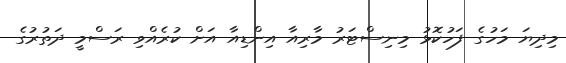
މިދިޔަ މަހުގެ ފަހުކޮޅު މިނިސްޓަރު މާރިއާ އިންޑިއާ އަށް ކުރެއްވި ރަސްމީ ދަތުރުގެ